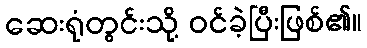
ဆေးရုံတွင်းသို့ ဝင်ခဲ့ပြီးဖြစ်၏။